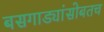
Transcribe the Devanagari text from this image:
बसगाड्यांसोबतच